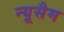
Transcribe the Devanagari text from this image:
न्यूसैम